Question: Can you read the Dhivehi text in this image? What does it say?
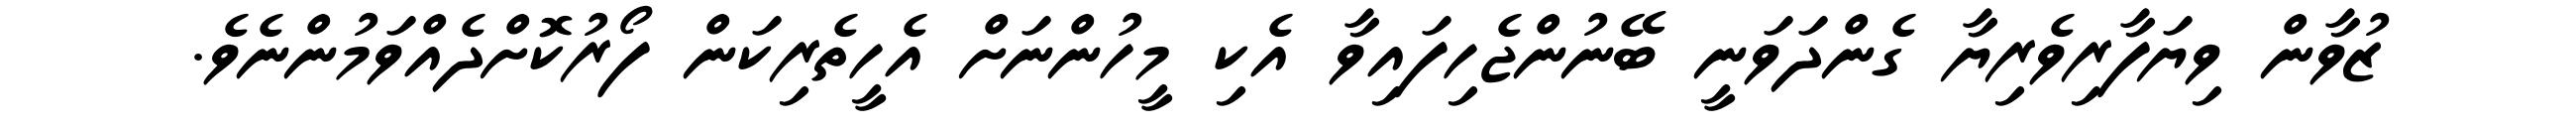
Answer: ޒުވާން ވިޔަފާރިވެރިޔާ ގެންދަވަނީ ބޭނުންޖެހިފައިވާ އެކި މީހުންނަށް އެހީތެރިކަން ފޯރުކޮށްދެއްވަމުންނެވެ.